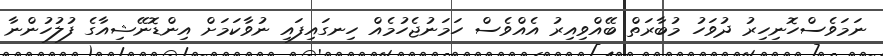
ނަމަވެސްހޮނިހިރު ދުވަހު މުބާރަތް ބޭއްވިއިރު އެއްވެސް ހަމަނުޖެހުމެއް ހިނގައިފައި ނުވާކަމަށް އިންޑޮނޭޝިއާގެ ފުލުހުންނާ